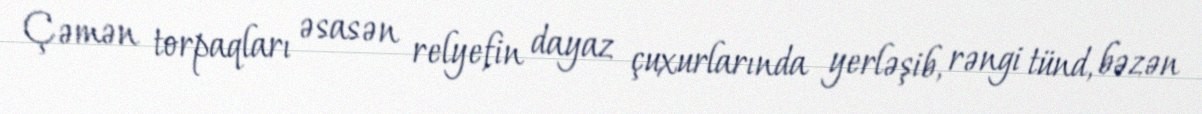
Çəmən torpaqları əsasən relyefin dayaz çuxurlarında yerləşib, rəngi tünd, bəzən